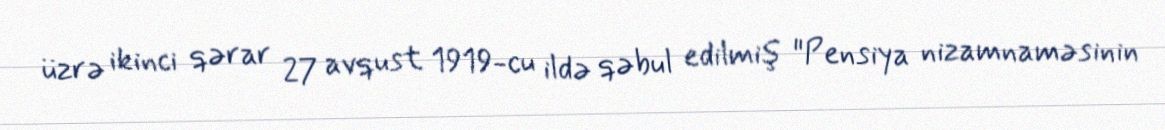
üzrə ikinci qərar 27 avqust 1919-cu ildə qəbul edilmiş "Pensiya nizamnaməsinin